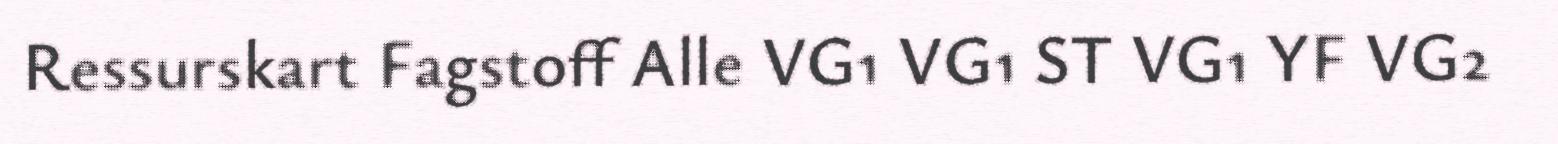
Ressurskart Fagstoff Alle VG1 VG1 ST VG1 YF VG2